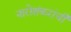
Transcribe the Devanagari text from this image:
नारोशंकरांची